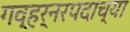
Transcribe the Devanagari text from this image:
गव्हर्नरपदाच्या